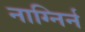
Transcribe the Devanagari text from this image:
नाग्निर्न